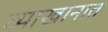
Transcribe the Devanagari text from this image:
व्याखानात